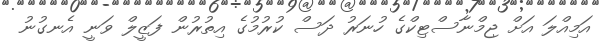
އަމިއްލަ އަށް ޖިމްނާސްޓިކްގެ ހުނަރު ދަސް ކުރުމުގެ އިތުރުން ފަޒީލް ވަނީ އެނގުނު